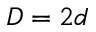
D = 2 d